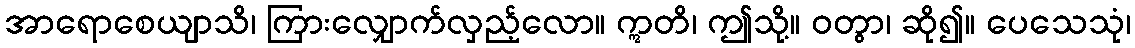
အာရောစေယျာသိ၊ ကြားလျှောက်လှည့်လော။ ဣတိ၊ ဤသို့။ ဝတွာ၊ ဆို၍။ ပေသေသုံ၊